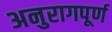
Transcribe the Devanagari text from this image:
अनुरागपूर्ण